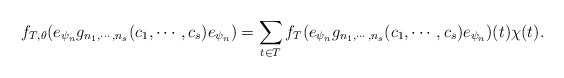
\begin{align*} f_{T,\theta}(e_{\psi_n}g_{n_1,\cdots, n_s}(c_1,\cdots,c_s)e_{\psi_n})=\sum_{t\in T}f_{T}(e_{\psi_n}g_{n_1,\cdots, n_s}(c_1,\cdots,c_s)e_{\psi_n})(t)\chi(t).\end{align*}